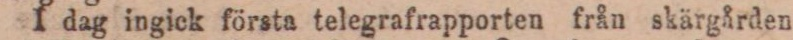
I dag ingick första telegrafrapporten från skärgården